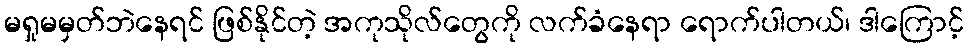
မရှုမမှတ်ဘဲနေရင် ဖြစ်နိုင်တဲ့ အကုသိုလ်တွေကို လက်ခံနေရာ ရောက်ပါတယ်၊ ဒါကြောင့်